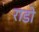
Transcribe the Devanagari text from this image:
राडो